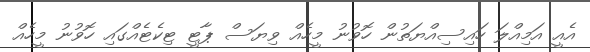
އެއީ އަމިއްލަ ހައިސިއްޔަތުން ހޮވުނު މީހެއް ވިޔަސް ޕާޓީ ޓިކެޓެއްގައި ހޮވުނު މީހެއް